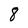
Character: 8